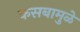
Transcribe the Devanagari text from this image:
कसबामुळे